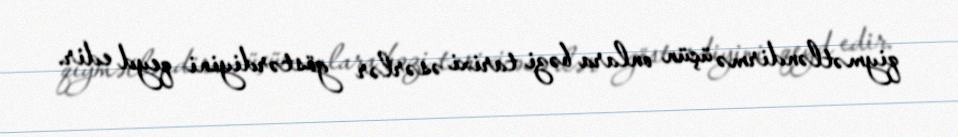
qiymətləndirmə üçün onlara bəzi tarixi əsərlər göstərdiyini qeyd edir.